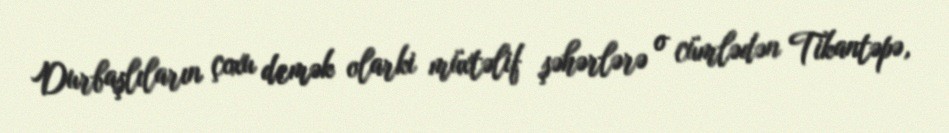
Durbaşlıların çoxu demək olarki müxtəlif şəhərlərə o cümlədən Tikantəpə,